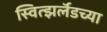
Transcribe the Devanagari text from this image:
स्वित्झर्लॅडच्या